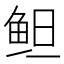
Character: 𱇞